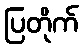
ပြတိုက်